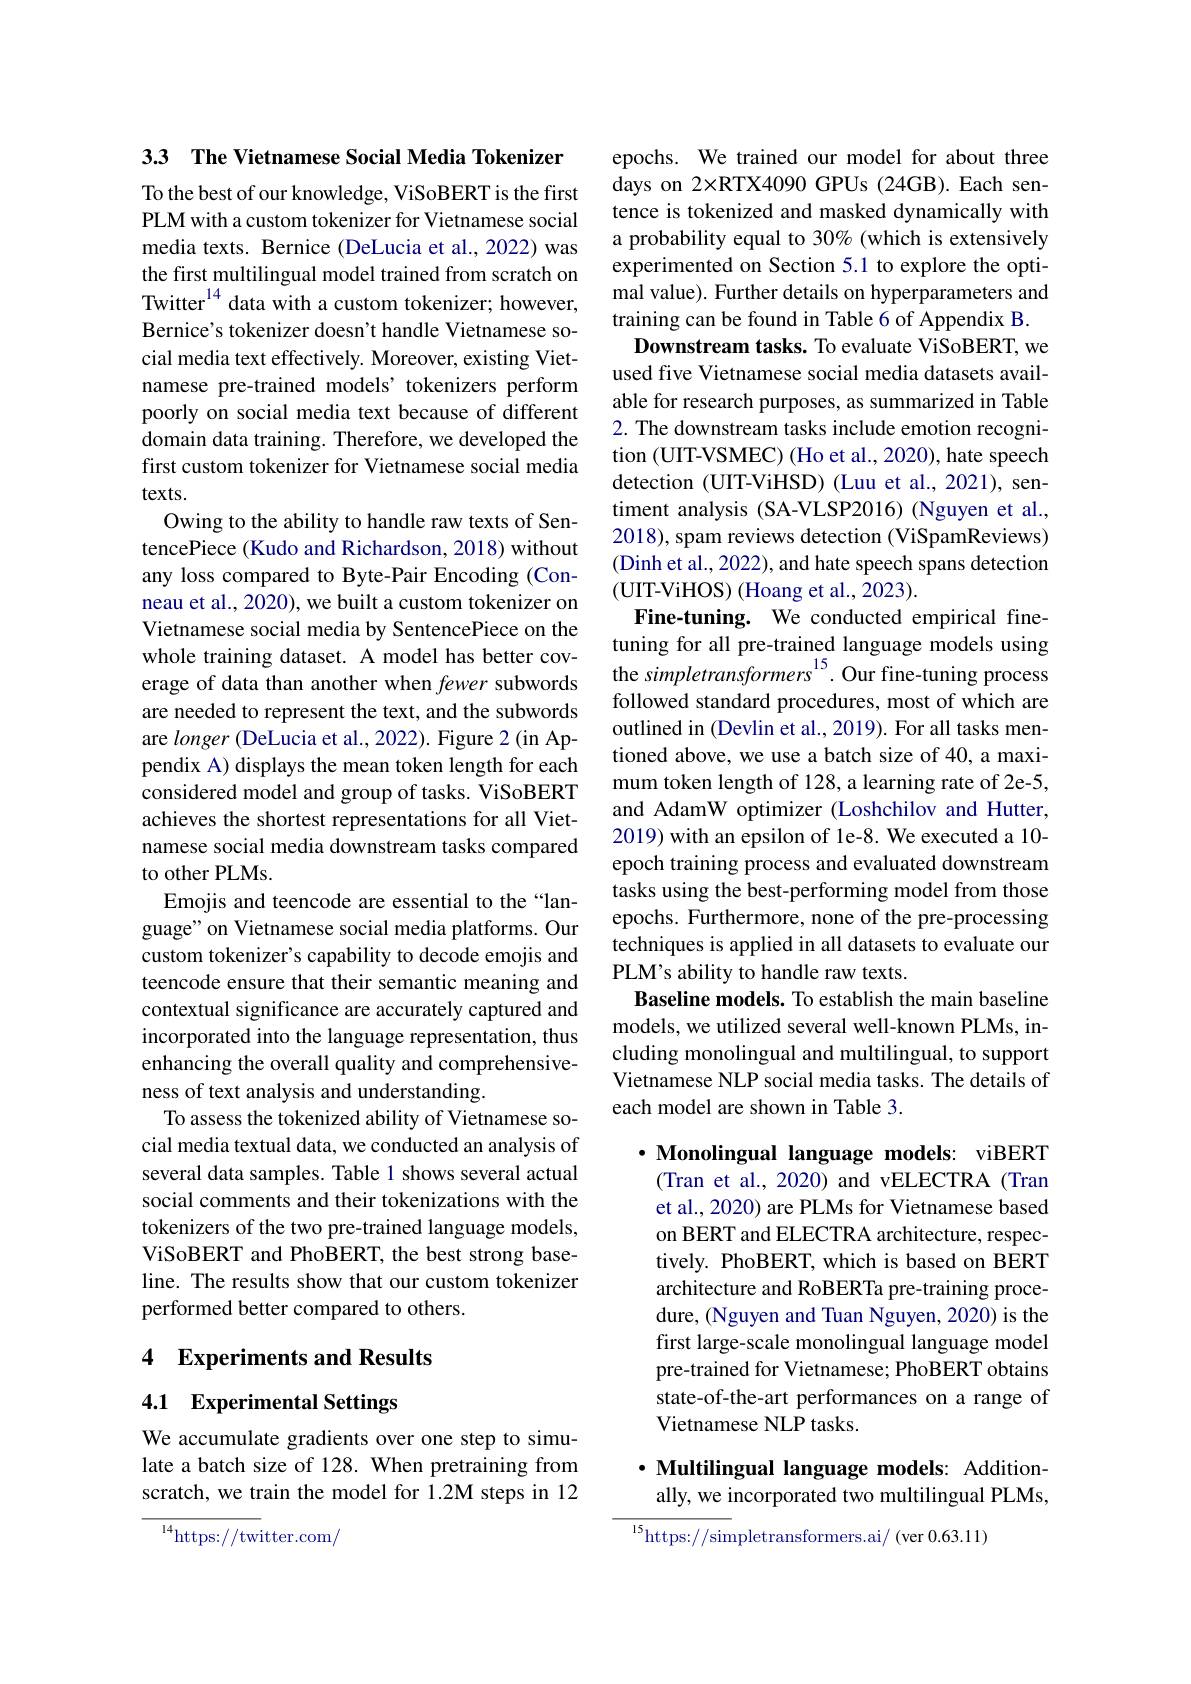
33 The Vietnamese Social Media Tokenizer To the best of our knowledge, ViSoBERT is the first PLM with a custom tokenizer for Vietnamese social media texts. Bernice (DeLucia et al., 2022) was the first multilingual model trained from scratch on Twitter$^{14}$ data with a custom tokenizer; however, Bernice's tokenizer doesn't handle Vietnamese social media text effectively. Moreover, existing Vietnamese pre-trained models' tokenizers perform poorly on social media text because of different domain data training. Therefore, we developed the first custom tokenizer for Vietnamese social media $texts.$
Owing to the ability to handle raw texts of SentencePiece (Kudo and Richardson, 2018) without any loss compared to Byte-Pair Encoding (Conneau et al., 2020), we built a custom tokenizer on Vietnamese social media by SentencePiece on the whole training dataset. A model has better covare needed to represent the text, and the subwords are longer (DeLucia et al., 2022). Figure 2(in Appendix A) displays the mean token length for each considered model and group of tasks. ViSoBERT achieves the shortest representations for all Vietnamese social media downstream tasks compared to other PLMs.
Emojis and teencode are essential to the “language" on Vietnamese social media platforms. Our custom tokenizer's capability to decode emojis and teencode ensure that their semantic meaning and contextual significance are accurately captured and incorporated into the language representation, thus enhancing the overall quality and comprehensiveness of text analysis and understanding.
To assess the tokenized ability of Vietnamese social media textual data, we conducted an analysis of several data samples. Table 1 shows several actual social comments and their tokenizations with the tokenizers of the two pre-trained language models, ViSoBERT and PhoBERT, the best strong baseline. The results show that our custom tokenizer performed better compared to others.

## 4 Experiments and Results

4.1 Experimental Settings

We accumulate gradients over one step to simulate a batch size of 128. When pretraining from scratch, we train the model for 1.2M steps in 12

${^{14}\mathrm{https://twitter.com/}}$

epochs. We trained our model for about three days on 2×RTX4090 GPUs (24GB).Each sentence is tokenized and masked dynamically with a probability equal to 30% (which is extensively experimented on Section 5.1 to explore the optimal value). Further details on hyperparameters and training can be found in Table 6 of Appendix B.
Downstream tasks. To evaluate ViSoBERT, we used five Vietnamese social media datasets available for research purposes, as summarized in Table 2. The downstream tasks include emotion recognition (UIT-VSMEC) (Ho et al., 2020), hate speech detection (UIT-ViHSD) (Luu et al., 2021), sentiment analysis (SA-VLSP2016) (Nguyen et al., 2018), spam reviews detection (ViSpamReviews) (Dinh et al., 2022), and hate speech spans detection (UIT-ViHOS) (Hoang et al., 2023).
Fine-tuning. We conducted empirical finetuning for all pre-trained language models using
whole training dataset. A model has better cov- the simpletransformers$^{15}$.Our fine-tuning process
followed standard procedures, most of which are outlined in (Devlin et al., 2019). For all tasks mentioned above, we use a batch size of 40, a maximum token length of 128, a learning rate of 2e-5, and AdamW optimizer (Loshchilov and Hutter, 2019) with an epsilon of le-8. We executed a 10- epoch training process and evaluated downstream tasks using the best-performing model from those epochs. Furthermore, none of the pre-processing techniques is applied in all datasets to evaluate our PLM's ability to handle raw texts.
Baseline models. To establish the main baseline models, we utilized several well-known PLMs, including monolingual and multilingual, to support Vietnamese NLP social media tasks. The details of each model are shown in Table 3.

$\cdot$ Monolingual language models: viBERT (Tran et al., 2020) and vELECTRA (Tran et al., 2020) are PLMs for Vietnamese based on BERT and ELECTRA architecture, respectively. PhoBERT, which is based on BERT architecture and RoBERTa pre-training procedure, (Nguyen and Tuan Nguyen, 2020) is the first large-scale monolingual language model pre-trained for Vietnamese; PhoBERT obtains state-of-the-art performances on a range of Vietnamese NLP tasks.

## $\cdot$ Multilingual language models: Additionally, we incorporated two multilingual PLMs,

$^{15}$https://simpletransformers.ai/(ver 0.63.11)